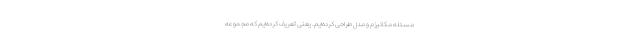
مسئله مکانیزم و مدل طراحی کرده‌ایم. یعنی تعریف کرده‌ایم که مجموعه